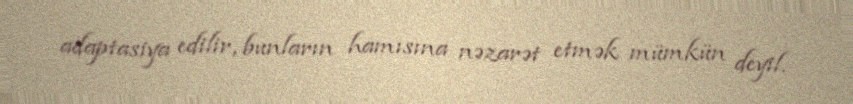
adaptasiya edilir, bunların hamısına nəzarət etmək mümkün deyil.